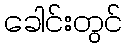
ခေါင်းတွင်